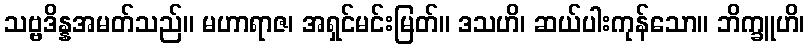
သဗ္ဗဒိန္နအမတ်သည်။ မဟာရာဇ၊ အရှင်မင်းမြတ်။ ဒသဟိ၊ ဆယ်ပါးကုန်သော။ ဘိက္ခူဟိ၊